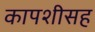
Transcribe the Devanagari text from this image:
कापशीसह